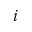
i